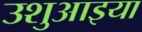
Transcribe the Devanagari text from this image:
उशुआइया